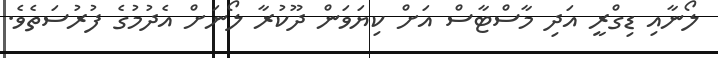
ލޯނާއި ޑިގްރީ އަދި މާސްޓާސް އަށް ކިޔަވަން ދޫކުރާ ލޯނަށް އެދުމުގެ ފުރުސަތެވެ.